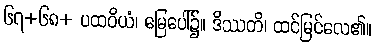
၆၇+၆၈+ ပထဝိယံ၊ မြေပေါ်၌။ ဒိဿတိ၊ ထင်မြင်လေ၏။